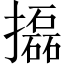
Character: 㩡